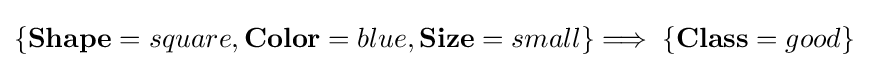
\{\mathbf {Shape} =square,\mathbf {Color} =blue,\mathbf {Size} =small\}\Longrightarrow \;\{\mathbf {Class} =good\}